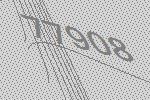
77908